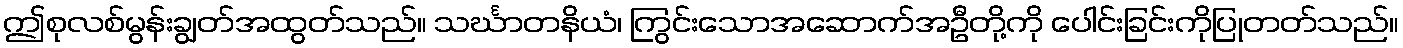
ဤစုလစ်မွန်းချွတ်အထွတ်သည်။ သင်္ဃာတနိယံ၊ ကြွင်းသောအဆောက်အဦတို့ကို ပေါင်းခြင်းကိုပြုတတ်သည်။